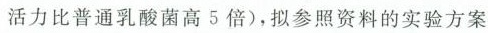
活力比普通乳酸菌高5倍)，拟参照资料的实验方案